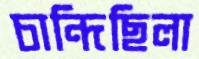
চান্দিছিলা